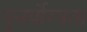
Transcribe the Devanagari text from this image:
पुनर्योग्यता